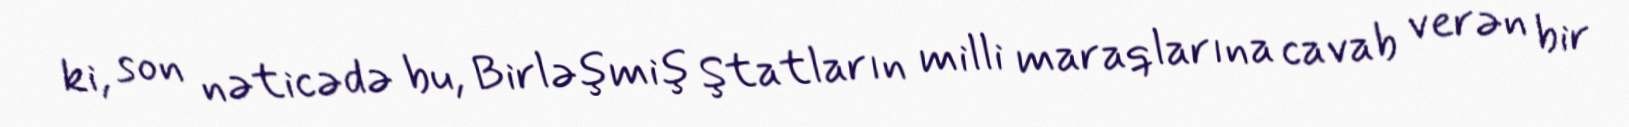
ki, son nəticədə bu, Birləşmiş Ştatların milli maraqlarına cavab verən bir